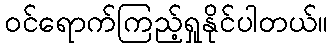
ဝင်ရောက်ကြည့်ရှုနိုင်ပါတယ်။